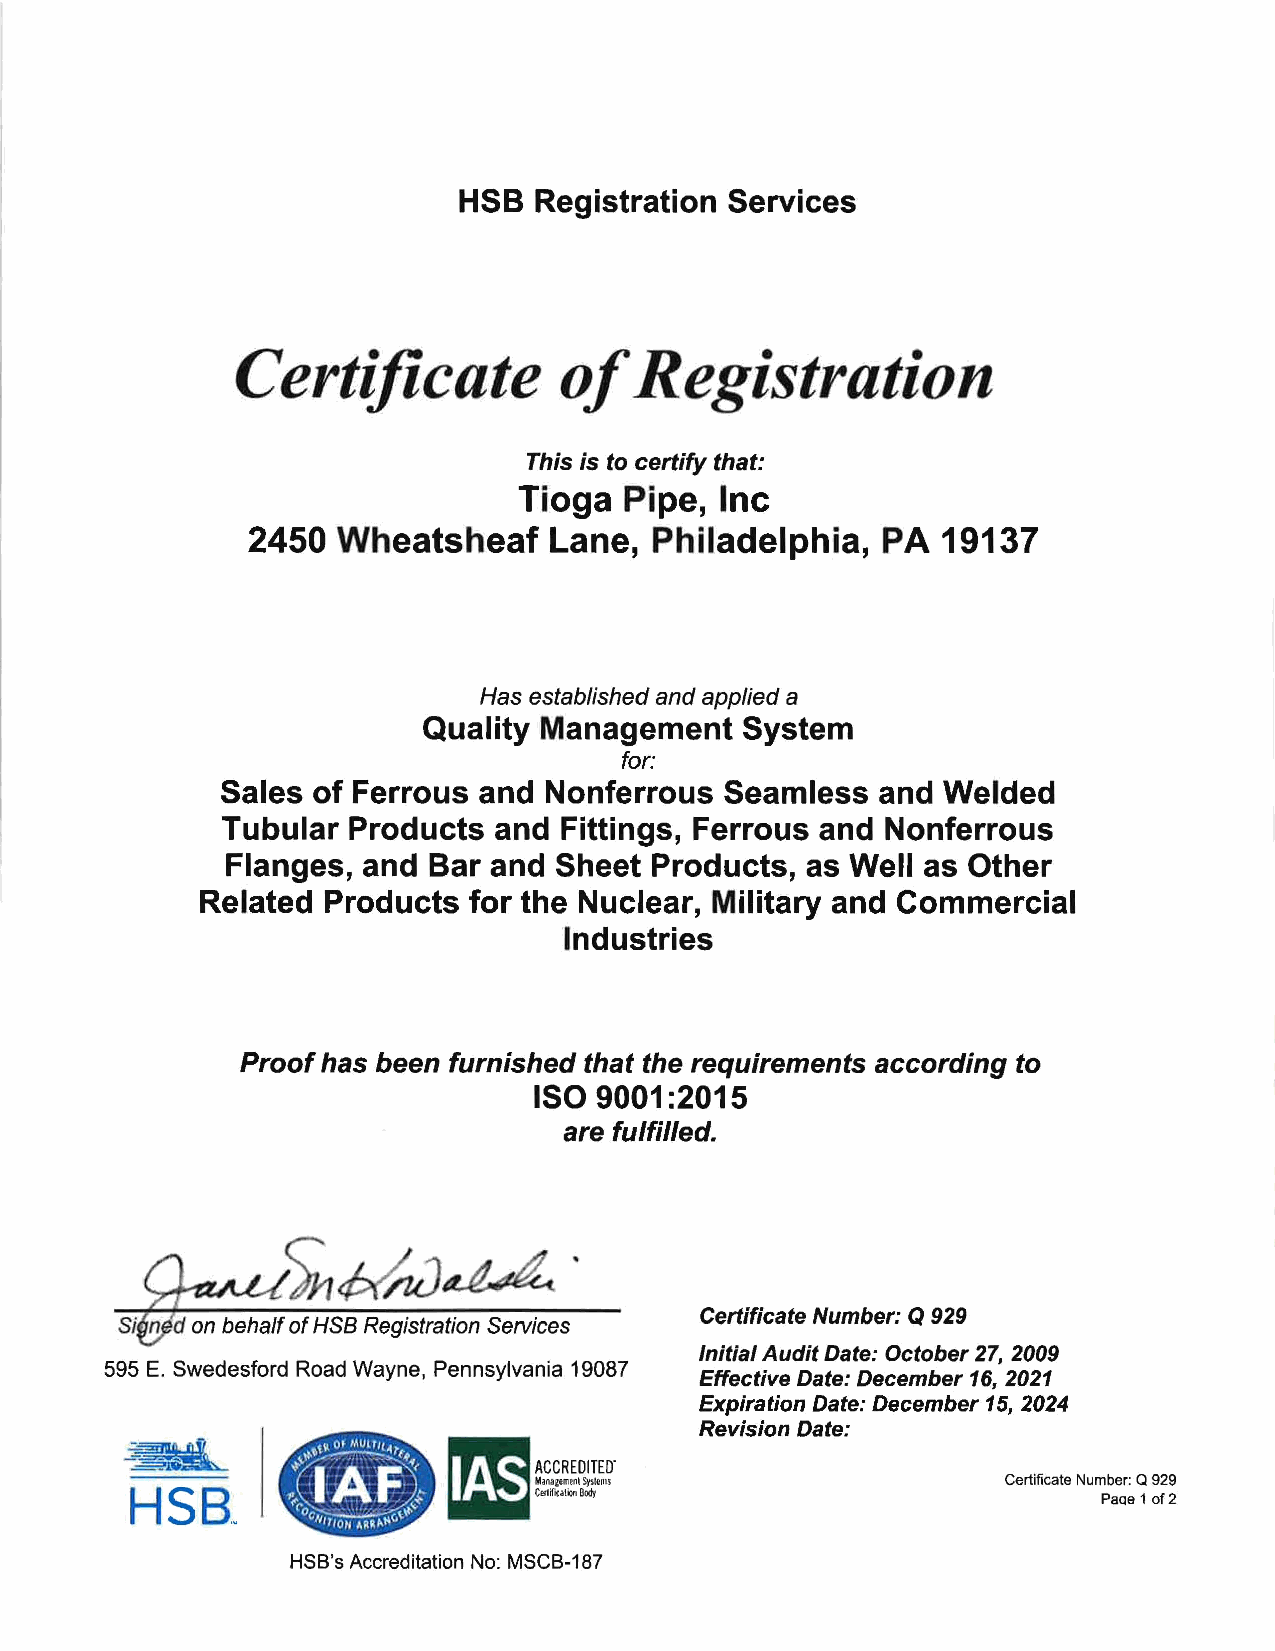
HSB  Registration Services
 Certificate          ofR     egistration
 This is to certify that:
 Tioga Pipe,  Inc
 2450  Wheatsheaf    Lane, Philadelphia,   PA 19137
 Has established and applied a
 Quality Management   System
 for:
 Sales of Ferrous and Nonferrous  Seamless  and  Welded
 Tubular Products  and Fittings, Ferrous and Nonferrous
 Flanges, and  Bar and Sheet Products,  as Well as Other
 Related  Products for the Nuclear, Military and Commercial
 Industries
 Proof has been furnished that the requirements according to
 ISO  9001 :2015
 are fulfilled.
 Certificate Number: Q 929
 Si n d on behalf of HSB Registration Services
 Initial Audit Date: October 27, 2009
 595 E. Swedesford Road Wayne, Pennsylvania 19087
 Effective Date: December 16,2021
 Expiration Date: December 15, 2024
 Revision Date:
 [r!
 ~
 ~                          ACCREDITED"
 •   MaoagementSyslfAU              Certificate Number: Q 929
 HSB,.                      C"'f< .... Bod,                      PaQe 1 of 2
 HSS's Accreditation No: MSCS-187